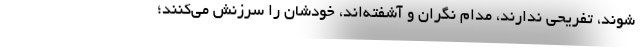
‌شوند، تفریحی ندارند، مدام نگران و آشفته‌اند، خودشان را سرزنش می‌کنند؛